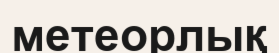
метеорлық